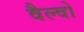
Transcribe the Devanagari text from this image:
वैल्वो